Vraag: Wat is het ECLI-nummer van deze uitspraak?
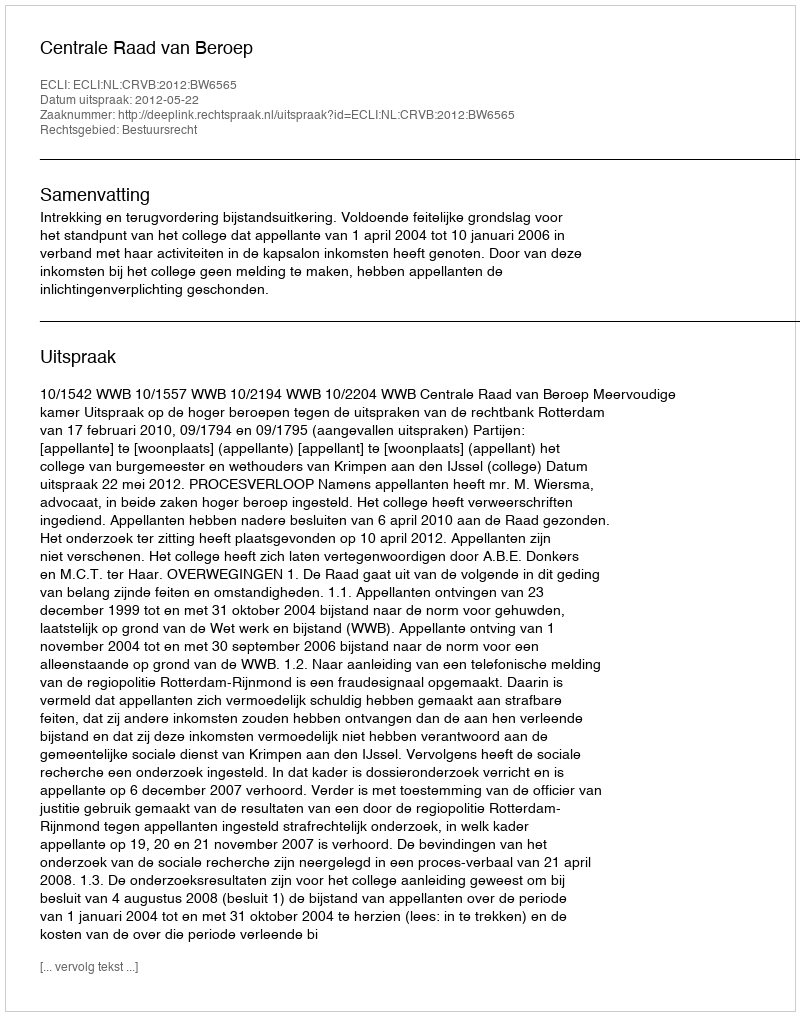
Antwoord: ECLI:NL:CRVB:2012:BW6565